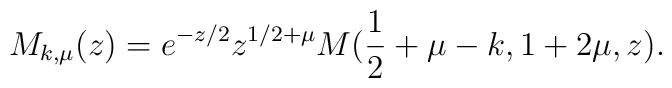
M_{k,\mu }(z)=e^{-z/2}z^{1/2+\mu }M(\frac{1}{2}+\mu -k,1+2\mu ,z).